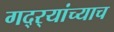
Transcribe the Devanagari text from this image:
गद्र्‍यांच्याच